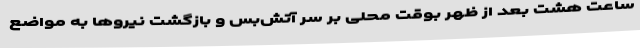
ساعت هشت بعد از ظهر بوقت محلی بر سر آتش‌بس و بازگشت نیروها به مواضع